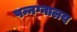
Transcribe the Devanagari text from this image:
पन्नग्नालय